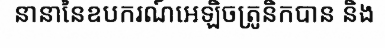
នានានៃឧបករណ៍អេឡិចត្រូនិកបាន និង